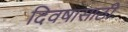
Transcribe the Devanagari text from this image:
दिवषासाठी